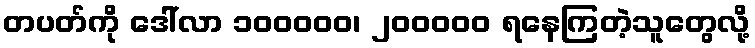
တပတ်ကို ဒေါ်လာ ၁၀၀၀၀၀၊ ၂၀၀၀၀၀ ရနေကြတဲ့သူတွေလို့